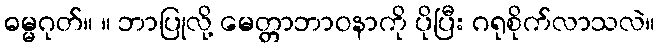
ဓမ္မဂုတ်။ ။ ဘာပြုလို့ မေတ္တာဘာဝနာကို ပိုပြီး ဂရုစိုက်လာသလဲ။